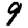
Digit: 9